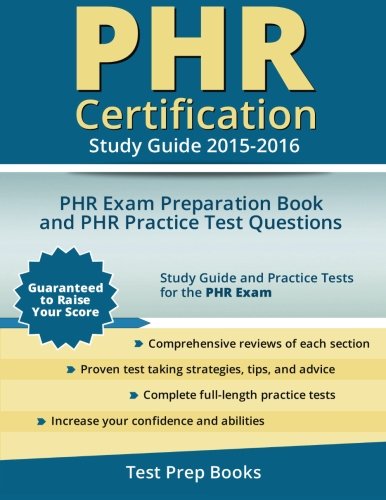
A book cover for PHR Certification Study Guide 2015-2016: PHR Exam Preparation Book and PHR Practice Test Questions; PHR Test Prep Team; Test Preparation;